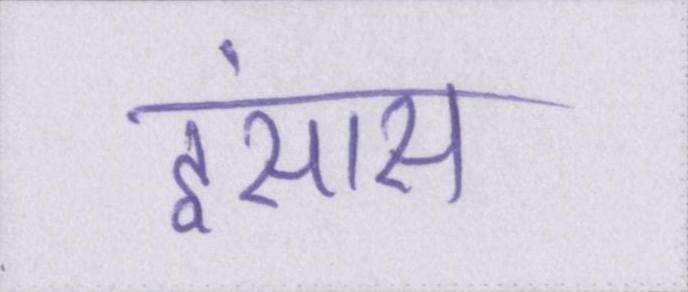
इंसास